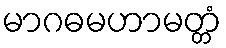
မာဂဓမဟာမတ္တံ